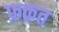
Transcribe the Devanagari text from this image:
फ़क़त